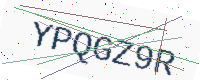
Text: YPQGZ9R